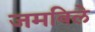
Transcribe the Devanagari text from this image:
जमविले